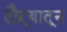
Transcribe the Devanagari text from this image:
दौऱ्यातून